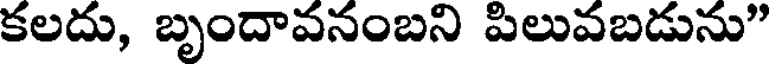
కలదు, బృందావనంబని పిలువబడును"